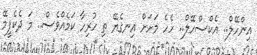
އިންހޭލް.. އެކްސްހޭލް.. ހެހެ މަށަށް އިނގެޔޭ ތި ހުރިހާ ކަމެއްވެސް.. މަ ދެކެފީމޭ